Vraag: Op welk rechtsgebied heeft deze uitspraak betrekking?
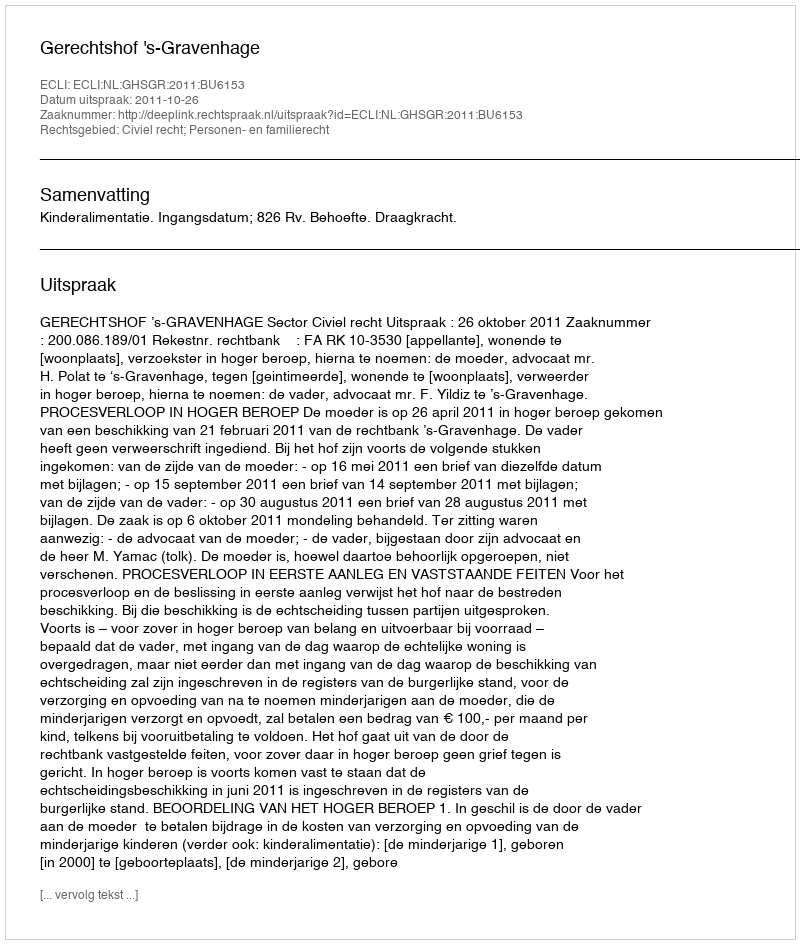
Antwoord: Civiel recht; Personen- en familierecht